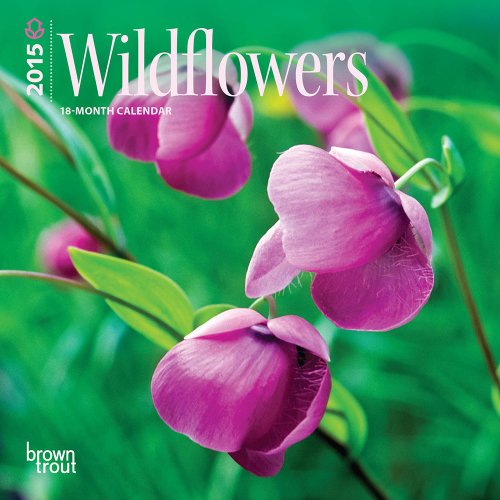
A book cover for Wildflowers 2015 Mini 7x7; BrownTrout; Calendars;